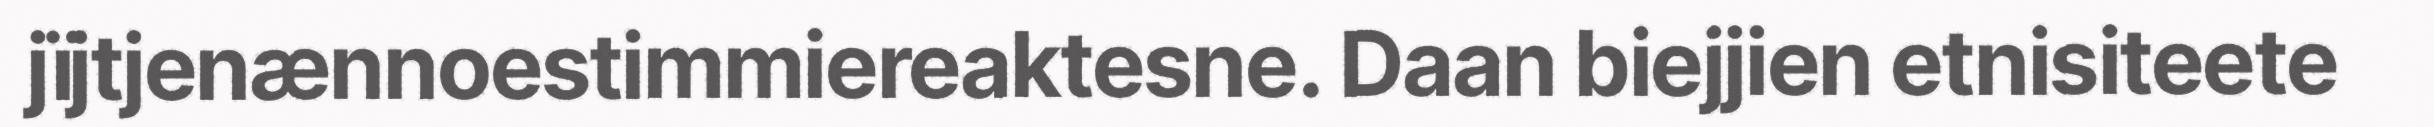
jïjtjenænnoestimmiereaktesne. Daan biejjien etnisiteete